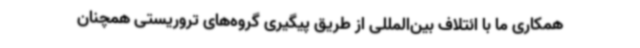
همکاری ما با ائتلاف بین‌المللی از طریق پیگیری گروه‌های تروریستی همچنان